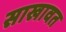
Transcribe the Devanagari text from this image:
साखावत